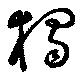
獨